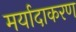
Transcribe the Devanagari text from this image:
मर्यादाकरण